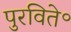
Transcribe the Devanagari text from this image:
पुरविते॰